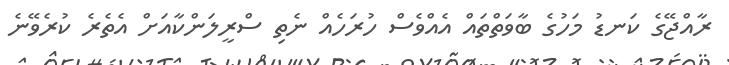
ރާއްޖޭގެ ކަނޑު މަހުގެ ބާވަތްތައް އެއްވެސް ހުރަހެއް ނެތި ސްރީލަންކާއަށް އެތެރެ ކުރެވޭނެ